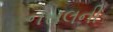
નસલની